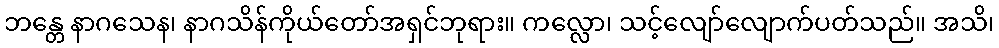
ဘန္တေ နာဂသေန၊ နာဂသိန်ကိုယ်တော်အရှင်ဘုရား။ ကလ္လော၊ သင့်လျော်လျောက်ပတ်သည်။ အသိ၊